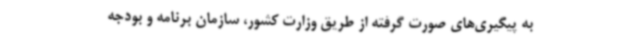
به پیگیری‌های صورت گرفته از طریق وزارت کشور، سازمان برنامه و بودجه